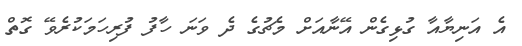
އެ އަނިޔާއާ ގުޅިގެން އޭނާއަށް މެޗުގެ ދެ ވަނަ ހާފު ފުރިހަމަކުރެވޭ ގޮތް